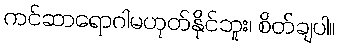
ကင်ဆာရောဂါမဟုတ်နိုင်ဘူး၊ စိတ်ချပါ။